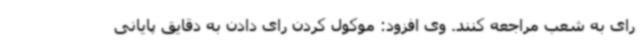
رای به شعب مراجعه کنند. وی افزود: موکول کردن رای دادن به دقایق پایانی